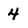
Character: 4